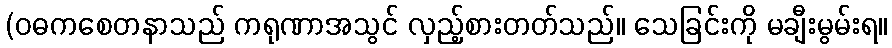
(ဝဓကစေတနာသည် ကရုဏာအသွင် လှည့်စားတတ်သည်။ သေခြင်းကို မချီးမွမ်းရ။